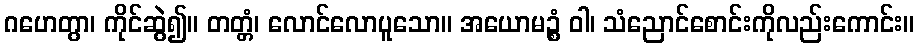
ဂဟေတွာ၊ ကိုင်ဆွဲ၍။ တတ္တံ၊ လောင်လောပူသော။ အယောမဉ္စံ ဝါ၊ သံညောင်စောင်းကိုလည်းကောင်း။